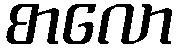
စာလော